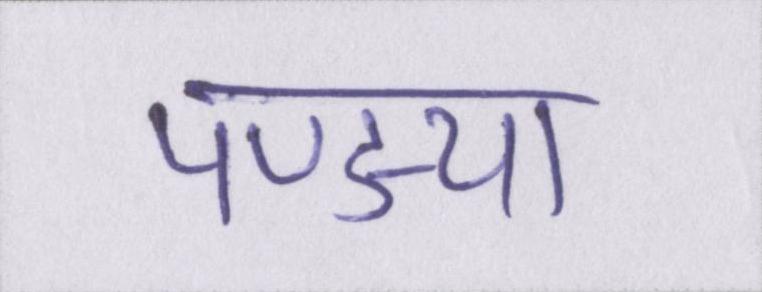
पण्ड्या